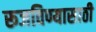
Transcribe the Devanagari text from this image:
रूजविण्यासाठी